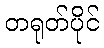
တရုတ်ပိုင်